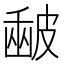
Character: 𥀉